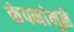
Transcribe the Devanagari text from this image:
कंपनांमुळे